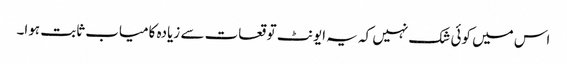
اس میں کوئی شک نہیں کہ یہ ایونٹ توقعات سے زیادہ کامیاب ثابت ہوا۔